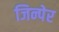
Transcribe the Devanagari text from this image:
जिन्पेर